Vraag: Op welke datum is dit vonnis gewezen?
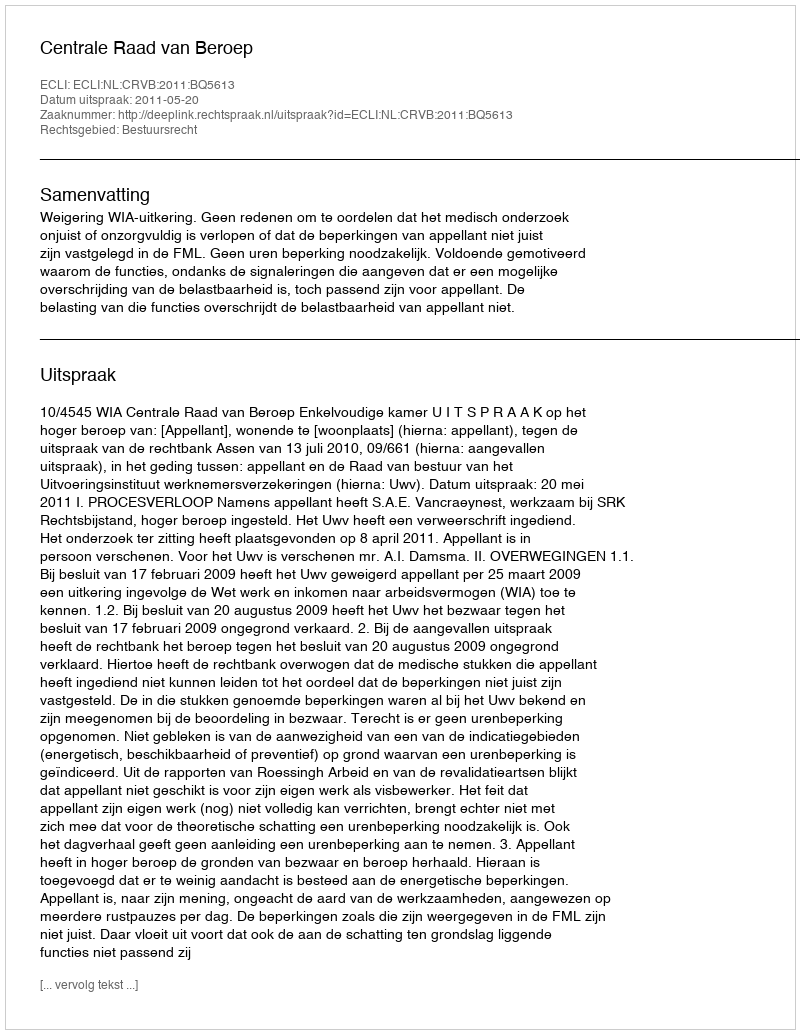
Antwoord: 2011-05-20